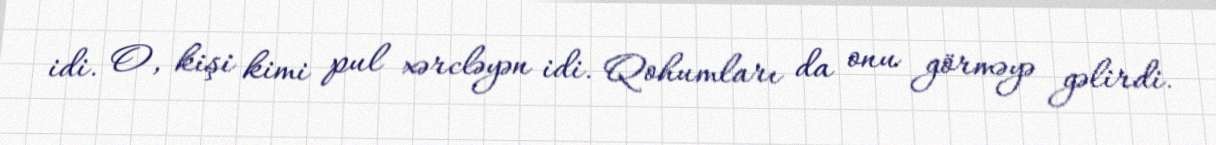
idi. O, kişi kimi pul xərcləyən idi. Qohumları da onu görməyə gəlirdi.